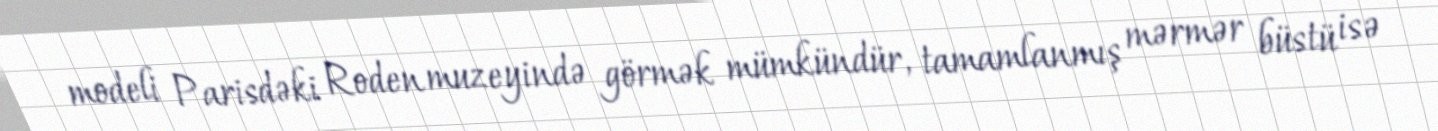
modeli Parisdəki Roden muzeyində görmək mümkündür, tamamlanmış mərmər büstü isə